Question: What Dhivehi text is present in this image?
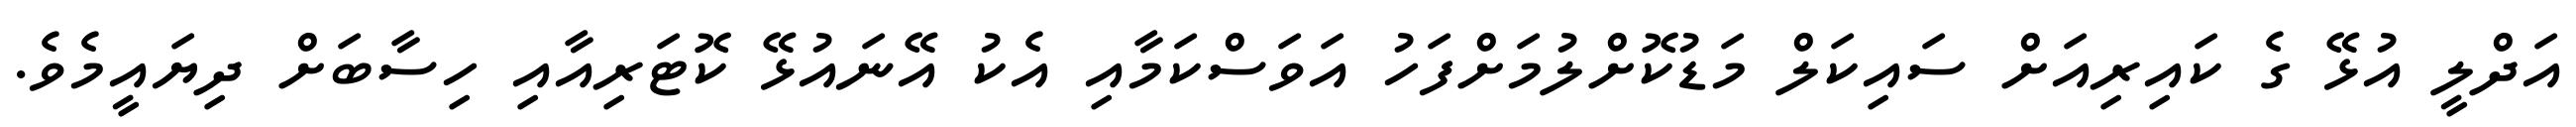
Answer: އަދްލީ އުޅޭ ގެ ކައިރިއަށް ސައިކަލް މަޑުކޮށްލުމަށްފަހު އަވަސްކަމާއި އެކު އޭނައުޅޭ ކޮޓަރިއާއި ހިސާބަށް ދިޔައީމެވެ.